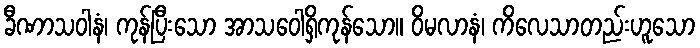
ခီဏာသဝါနံ၊ ကုန်ပြီးသော အာသဝေါရှိကုန်သော။ ဝိမလာနံ၊ ကိလေသာတည်းဟူသော